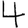
Digit: 4